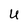
Character: U